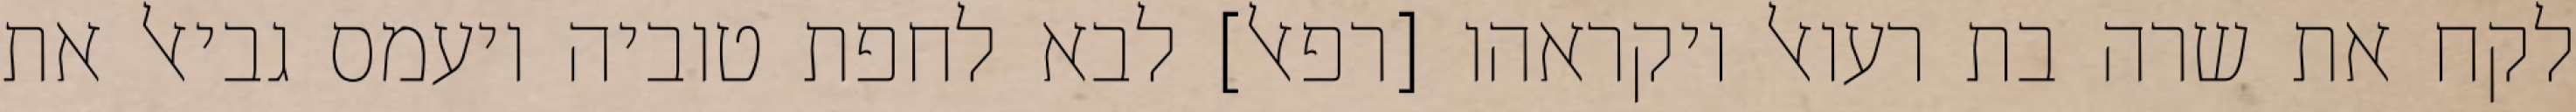
לקח את שרה בת רעואל ויקראהו [רפאל] לבא לחפת טוביה ויעמס גביאל את